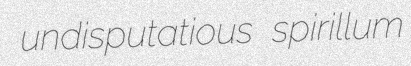
undisputatious spirillum